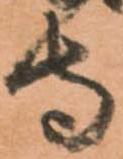
守